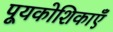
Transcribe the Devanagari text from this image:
पूयकोशिकाएँ